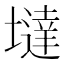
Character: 墶